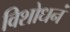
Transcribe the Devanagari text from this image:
विशोधनं